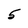
Character: 5